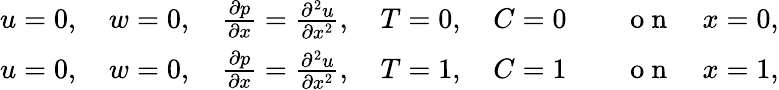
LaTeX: \begin{array}{rl}{u=0,\quad w=0,\quad\frac{\partial p}{\partial x}=\frac{\partial^{2}u}{\partial x^{2}},\quad T=0,\quad C=0}&{{}\quad\mathrm{~o~n~}\quad x=0,}\\ {u=0,\quad w=0,\quad\frac{\partial p}{\partial x}=\frac{\partial^{2}u}{\partial x^{2}},\quad T=1,\quad C=1}&{{}\quad\mathrm{~o~n~}\quad x=1,}\end{array}